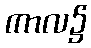
ကာလ၌